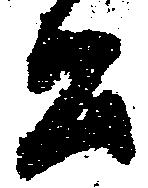
公